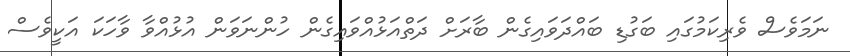
ނަމަވެސް ވެރިކަމުގައި ބަގުޑި ބައްދަވައިގެން ބާރަށް ދަތްއަޅުއްވައިގެން ހުންނަވަން އުޅުއްވާ ވާހަކަ އަކީވެސް